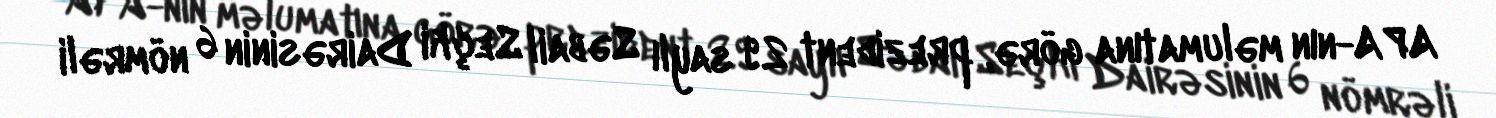
APA-nın məlumatına görə, prezident 29 saylı Səbail Seçki Dairəsinin 6 nömrəli